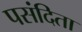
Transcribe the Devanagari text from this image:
पसंदिता